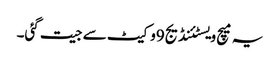
یہ میچ ویسٹئنڈیج9وکیٹ سے جیت گئی۔